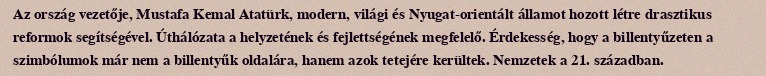
Az ország vezetője, Mustafa Kemal Atatürk, modern, világi és Nyugat-orientált államot hozott létre drasztikus reformok segítségével. Úthálózata a helyzetének és fejlettségének megfelelő. Érdekesség, hogy a billentyűzeten a szimbólumok már nem a billentyűk oldalára, hanem azok tetejére kerültek. Nemzetek a 21. században.